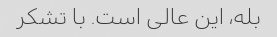
بله، این عالی است. با تشکر